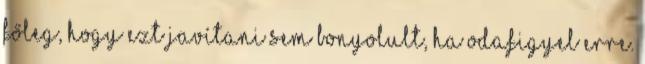
főleg, hogy ezt javítani sem bonyolult, ha odafigyel erre.